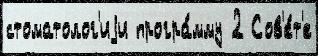
стоматолог'иjи програ́мму 2 Сов'е́т'е